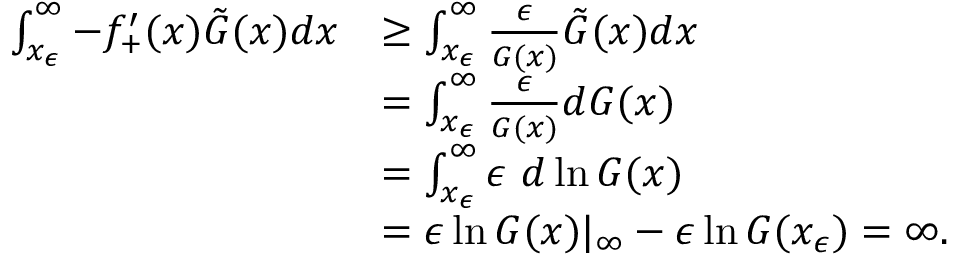
\begin{array} { r l } { \int _ { x _ { \epsilon } } ^ { \infty } - f _ { + } ^ { \prime } ( x ) \tilde { G } ( x ) d x } & { \geq \int _ { x _ { \epsilon } } ^ { \infty } \frac { \epsilon } { G ( x ) } \tilde { G } ( x ) d x } \\ & { = \int _ { x _ { \epsilon } } ^ { \infty } \frac { \epsilon } { G ( x ) } d G ( x ) } \\ & { = \int _ { x _ { \epsilon } } ^ { \infty } \epsilon \ d \ln { G ( x ) } } \\ & { = \epsilon \ln { G ( x ) } | _ { \infty } - \epsilon \ln { G ( x _ { \epsilon } ) } = \infty . } \end{array}